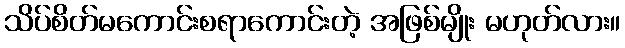
သိပ်စိတ်မကောင်းစရာကောင်းတဲ့ အဖြစ်မျိုး မဟုတ်လား။